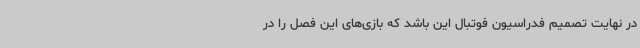
در نهایت تصمیم فدراسیون فوتبال این باشد که بازی‌های این فصل را در